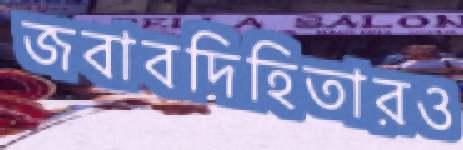
জবাবদিহিতারও